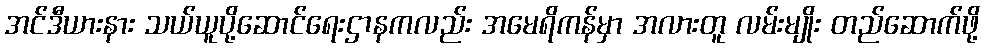
အင်ဒီယားနား သယ်ယူပို့ဆောင်ရေးဌာနကလည်း အမေရိကန်မှာ အလားတူ လမ်းမျိုး တည်ဆောက်ဖို့